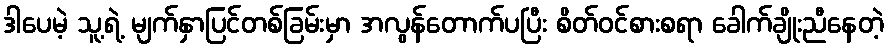
ဒါပေမဲ့ သူ့ရဲ့ မျက်နှာပြင်တစ်ခြမ်းမှာ အလွန်တောက်ပပြီး စိတ်ဝင်စားစရာ ခေါက်ချိုးညီနေတဲ့